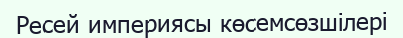
Ресей империясы көсемсөзшілері